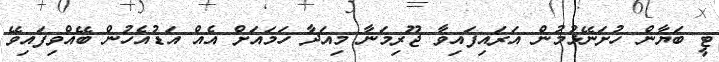
ޓީ ބަޔާން ހުށަނޭޅުމުން އަރައިފައިވާ ޖޫރިމަނާ މިއަދާ ހަމައަށް އެއް އަޑުއެހުން ބޭއްވިފައިވޭ